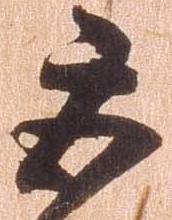
巨